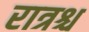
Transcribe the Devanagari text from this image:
रात्रश्च